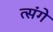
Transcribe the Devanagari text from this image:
त्संगे